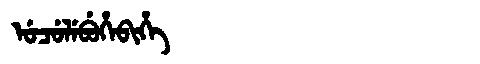
Manchu: ᡠᠴᡠᠯᡝᠪᡠᡥᡝᠪᡳᡥᡝ
Romanization: UCULEBUHEBIHE